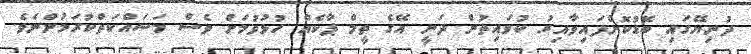
ދުނިޔޭގައި ބޮޑުކޮށްފައިވާއިރު ކުވައިތުން ދަނީ އޭގެ ތީމް ޕާކެއް ހުޅުވުމަށް ވެސް މަސައްކަތްކުރަމުންނެވެ.